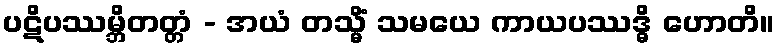
ပဋိပဿမ္ဘိတတ္တံ - အယံ တသ္မိံ သမယေ ကာယပဿဒ္ဓိ ဟောတိ။